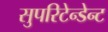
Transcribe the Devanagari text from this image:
सुपरिटेन्डेन्ट